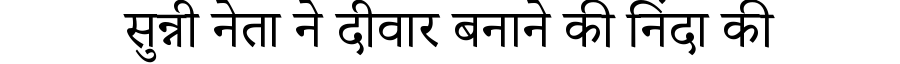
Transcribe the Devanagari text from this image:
सुन्नी नेता ने दीवार बनाने की निंदा की